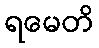
ရမေတိ